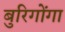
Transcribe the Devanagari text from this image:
बुरिगोंगा